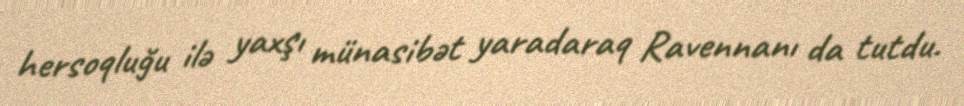
hersoqluğu ilə yaxşı münasibət yaradaraq Ravennanı da tutdu.